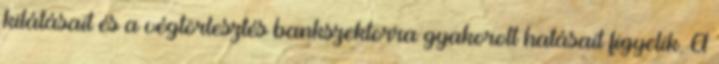
kilátásait és a végtörlesztés bankszektorra gyakorolt hatásait figyelik. A